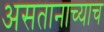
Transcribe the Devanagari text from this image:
असतानाच्याच